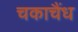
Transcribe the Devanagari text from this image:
चकाचैंध